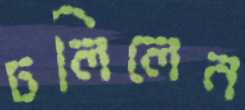
ঢলিলেন